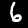
Label: 6